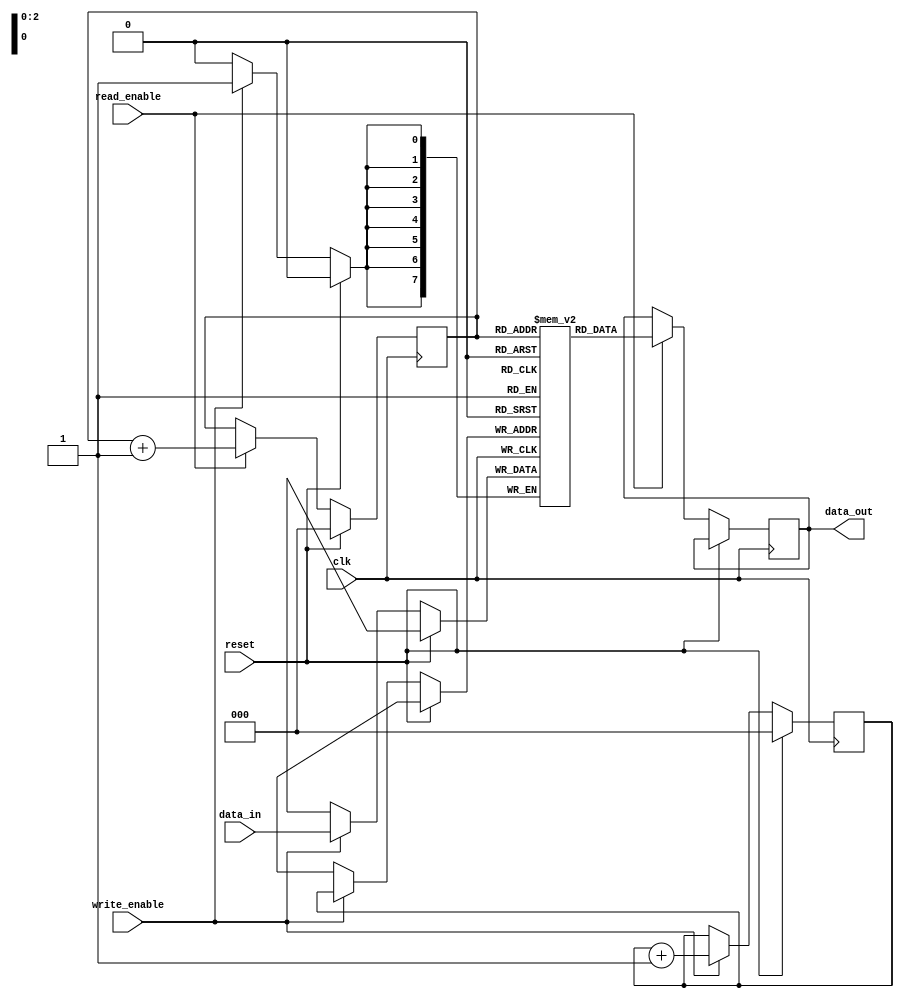
module Bidirectional_FIFO (
    input wire clk,
    input wire reset,
    input wire read_enable,
    input wire write_enable,
    input wire [7:0] data_in,
    output reg [7:0] data_out
);

reg [7:0] fifo [0:7]; // FIFO buffer storage
reg [2:0] read_ptr = 3'b000; // Read pointer
reg [2:0] write_ptr = 3'b000; // Write pointer

always @(posedge clk) begin
    if (reset) begin
        read_ptr <= 3'b000;
        write_ptr <= 3'b000;
    end else begin
        if (write_enable) begin
            fifo[write_ptr] <= data_in;
            write_ptr <= write_ptr + 1;
        end
        if (read_enable) begin
            data_out <= fifo[read_ptr];
            read_ptr <= read_ptr + 1;
        end
    end
end

endmodule